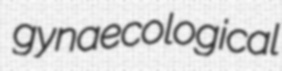
gynaecological